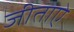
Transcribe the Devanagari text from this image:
जीताऐ